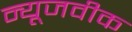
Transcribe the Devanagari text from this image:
न्‍यूजवीक